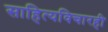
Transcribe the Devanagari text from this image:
साहित्यविचारही